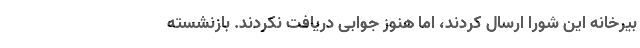
بیرخانه این شورا ارسال کردند، اما هنوز جوابی دریافت نکردند. بازنشسته